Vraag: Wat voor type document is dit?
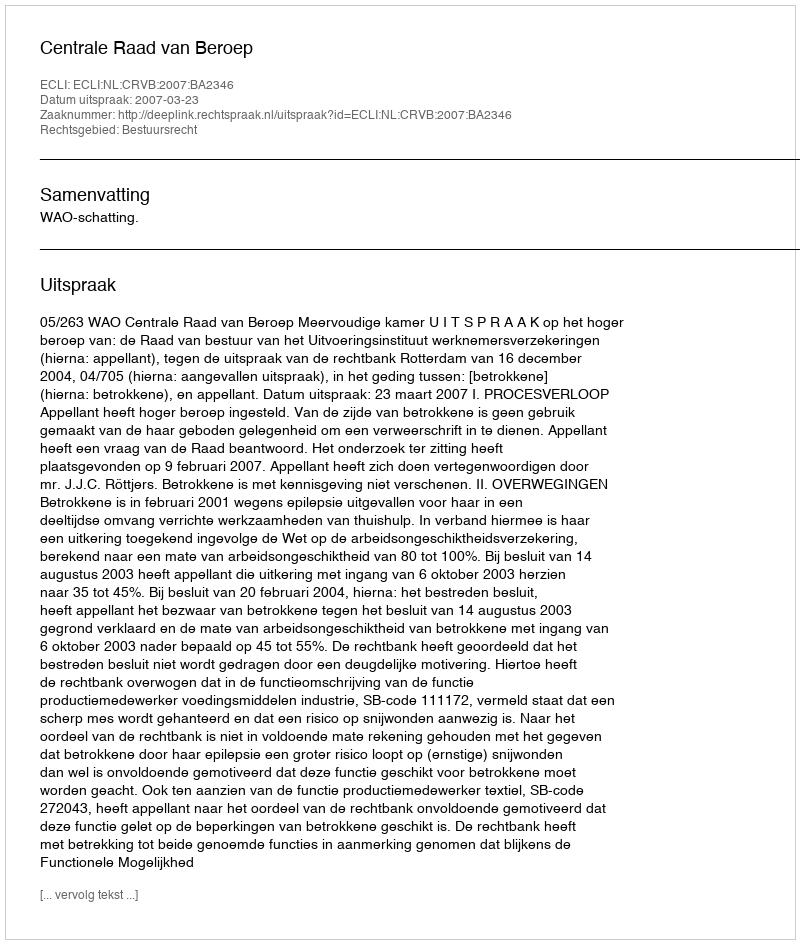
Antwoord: Uitspraak